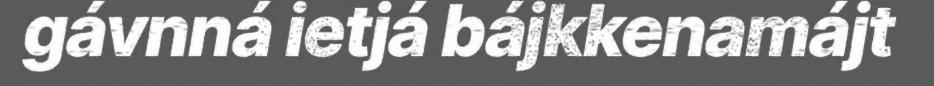
gávnná ietjá bájkkenamájt